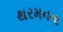
થરમનના